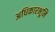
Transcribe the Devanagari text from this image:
अधिकारभूमि